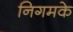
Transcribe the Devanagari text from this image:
निगमके